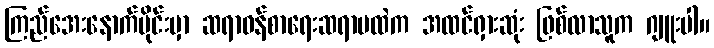
ကြည်အေးနောက်ပိုင်းမှာ ဆရာဝန်စာရေးဆရာမထဲက အထင်ရှားဆုံး ဖြစ်လာသူက ဂျူးပါ။